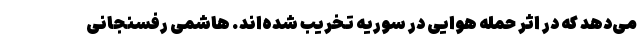
می‌دهد که در اثر حمله هوایی در سوریه تخریب شده‌اند. هاشمی رفسنجانی